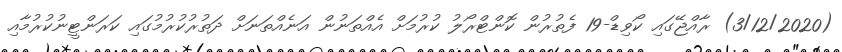
(3/12/2020) ރާއްޖޭގައި ކޯވިޑް-19 ފެތުރުން ކޮންޓްރޯލު ކުރުމަށް އެއްތަނުން އަނެއްތަނަށް ދަތުރުކުރުމުގައި ކަރަންޓީނުކުރުމާއި